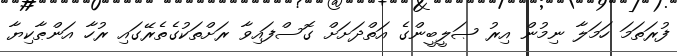
ފުރަތަމަ ހަމަލާ ނިމުން އިރު ޞަލީބީންގެ އަތްދަށަށް ގޮސްފައިވާ ރަށްތަކުގެތެރޭގައި ރުހާ އަންޠާކިޔާ